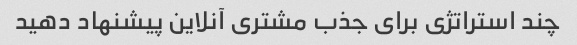
چند استراتژی برای جذب مشتری آنلاین پیشنهاد دهید